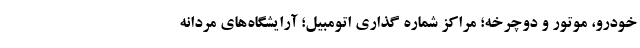
خودرو، موتور و دوچرخه؛ مراکز شماره گذاری اتومبیل؛ آرایشگاه‌های مردانه